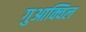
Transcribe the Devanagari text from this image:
गुआक्विल